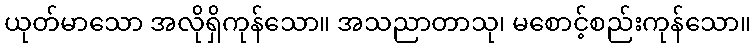
ယုတ်မာသော အလိုရှိကုန်သော။ အသညာတာသု၊ မစောင့်စည်းကုန်သော။